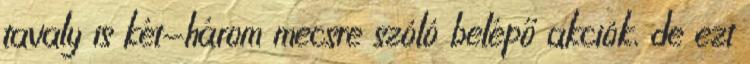
tavaly is két-három mecsre szóló belépő akciók, de ezt